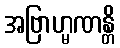
အဗြာဟ္မဏန္တိ